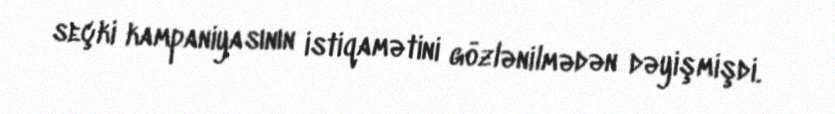
seçki kampaniyasının istiqamətini gözlənilmədən dəyişmişdi.